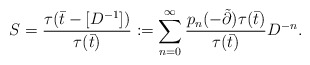
\begin{align*}S=\frac{\tau(\bar t-[D^{-1}])}{\tau(\bar t)}:=\sum_{n=0}^\infty\frac{p_n(-\tilde\partial)\tau(\bar t)}{\tau(\bar t)}D^{-n}.\end{align*}